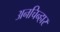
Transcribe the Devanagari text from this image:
अनचिन्हार